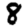
Digit: 8